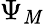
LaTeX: \Psi_{\mathit{M}}